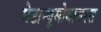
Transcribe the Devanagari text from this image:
मेटान्यूमोवायरस